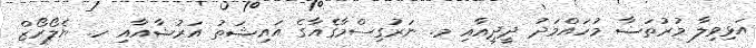
އަޅިވިލާ މުރުތަޟާ މުހައްމަދު ދީދީއާއި މ. ނަރުގިސްމާގެއާގެ އައިޝަތު އަރުޝާއާއި ހ. ޔެލޯރޯޒް